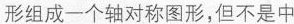
形组成一个轴对称图形，但不是中